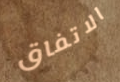
الاتفاق